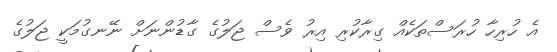
އެ ހުރިހާ ހުރަސްތަކެއް ގިރާކުރި އިރު ވެސް ޖަލުގެ ގާޑުންނަށް ނޭނގުމަކީ ޖަލުގެ